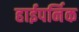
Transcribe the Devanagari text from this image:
हाईपर्निक